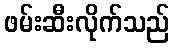
ဖမ်းဆီးလိုက်သည်